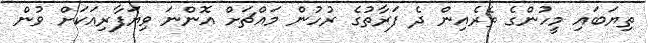
ތިޔަބައި މީހުންގެ ތެރެއިން ދެ ފަރާތުގެ ރުހުން މައްޗަށް އޮންނަ ވިޔަފާރިއަކަށް ވުން